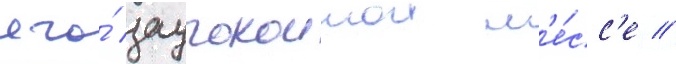
его́ заупокоинои м'е́сс'е //